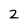
Character: 2